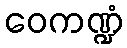
ဝေကဏ္ဍံ